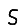
Digit: 5